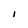
Character: I